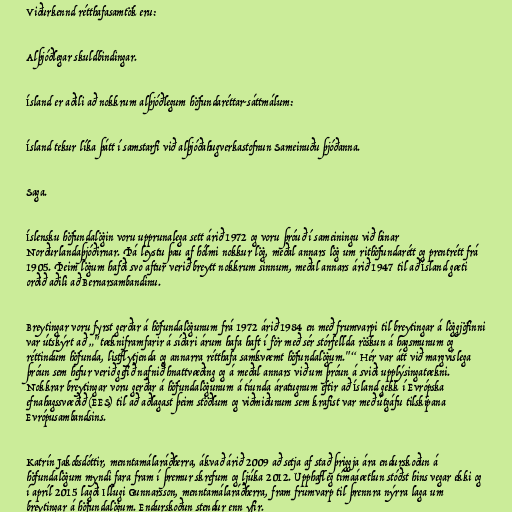
Viðurkennd rétthafasamtök eru:

Alþjóðlegar skuldbindingar.

Ísland er aðili að nokkrum alþjóðlegum höfundaréttar-sáttmálum:

Ísland tekur líka þátt í samstarfi við alþjóðahugverkastofnun Sameinuðu þjóðanna.

Saga.

Íslensku höfundalögin voru upprunalega sett árið 1972 og voru þróuð í sameiningu við hinar
Norðurlandaþjóðirnar. Þá leystu þau af hólmi nokkur lög, meðal annars lög um rithöfundarétt og prentrétt frá
1905. Þeim lögum hafði svo aftur verið breytt nokkrum sinnum, meðal annars árið 1947 til að Ísland gæti
orðið aðili að Bernarsambandinu.

Breytingar voru fyrst gerðar á höfundalögunum frá 1972 árið 1984 en með frumvarpi til breytingar á löggjöfinni
var útskýrt að „"tækniframfarir á síðari árum hafa haft í för með sér stórfellda röskun á hagsmunum og
réttindum höfunda, listflytjenda og annarra rétthafa samkvæmt höfundalögum."“ Hér var átt við margvíslega
þróun sem hefur verið gefið nafnið hnattvæðing og á meðal annars við um þróun á sviði upplýsingatækni.
Nokkrar breytingar voru gerðar á höfundalögunum á tíunda áratugnum eftir að Ísland gekk í Evrópska
efnahagssvæðið (EES) til að aðlagast þeim stöðlum og viðmiðunum sem krafist var með útgáfu tilskipana
Evrópusambandsins.

Katrín Jakobsdóttir, menntamálaráðherra, ákvað árið 2009 að setja af stað þriggja ára endurskoðun á
höfundalögum myndi fara fram í þremur skrefum og ljúka 2012. Upphafleg tímaáætlun stóðst hins vegar ekki og
í apríl 2015 lagði Illugi Gunnarsson, menntamálaráðherra, fram frumvarp til þrennra nýrra laga um
breytingar á höfundalögum. Endurskoðun stendur enn yfir.